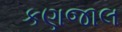
કણજાલ